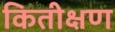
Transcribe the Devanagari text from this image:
कितीक्षण